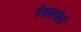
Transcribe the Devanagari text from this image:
पैडलबोर्ड